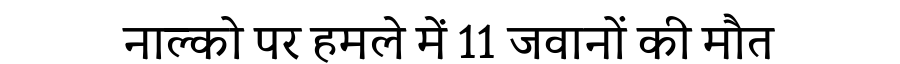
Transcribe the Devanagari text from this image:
नाल्को पर हमले में 11 जवानों की मौत